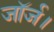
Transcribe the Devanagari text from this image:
जॉर्ज।